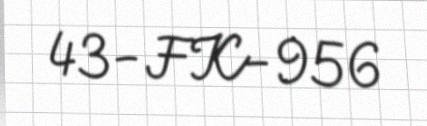
43-FK-956